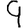
Digit: 9